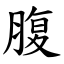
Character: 腹